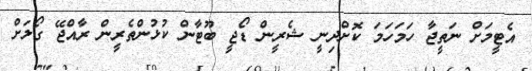
އެޓީމަށް ނަތީޖާ ހަމަހަމަ ކޮށްދިނީ ޝެރީން ޑޯޖީ ބޫޓާން ކުޅުންތެރީން ރާއްޖޭ ގޯލަށް